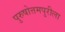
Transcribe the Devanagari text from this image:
पुरुषोत्तमपुरीला